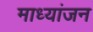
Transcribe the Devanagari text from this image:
माध्यांजन